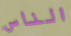
الناس